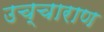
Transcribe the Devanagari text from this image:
उच्चाराण